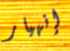
إنهيار